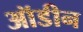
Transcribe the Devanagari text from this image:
ऑडीन